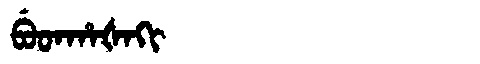
Manchu: ᠪᡠᡨᡥᠠᡧᠠᡴᡳ
Romanization: BUTHAŠAKI